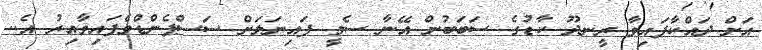
އަށް ދައްކާފައިވާ ރީނދޫ ކާޑުގެ ސަބަބުން އޭނާ ސެމީ ފައިނަލަށް ސަސްޕެންޑްވެފައިވާއިރު އެ..